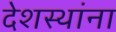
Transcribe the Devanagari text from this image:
देशस्थांना